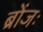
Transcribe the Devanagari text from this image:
ब्रोंजः